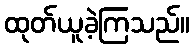
ထုတ်ယူခဲ့ကြသည်။